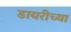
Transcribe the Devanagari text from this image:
डायरीच्या